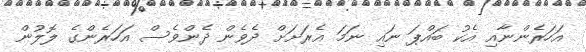
އަހަރެންނާއި އެކު ބައްޕަ ނައި ނަމަ އެރަށަށް ދެވެން ދެންވެސް އަހަރެންގެ ލޮލުން